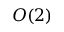
O ( 2 )